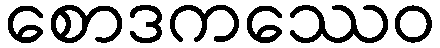
စောဒကဿေဝ